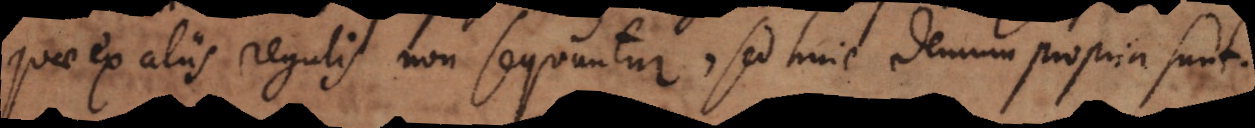
quae ex aliis regulis non sequuntur, sed huic demum propria sunt.